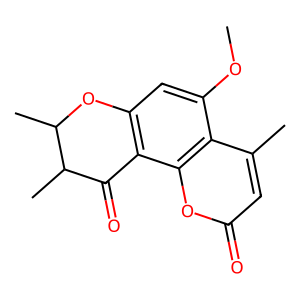
SMILES: COc1cc2c(c3oc(=O)cc(C)c13)C(=O)C(C)C(C)O2
Inhibits HIV replication: No